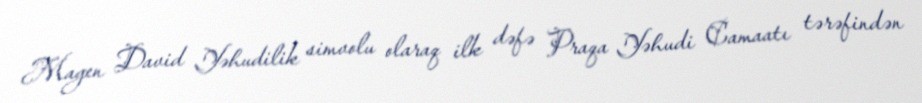
Magen David Yəhudilik simvolu olaraq ilk dəfə Praqa Yəhudi Camaatı tərəfindən